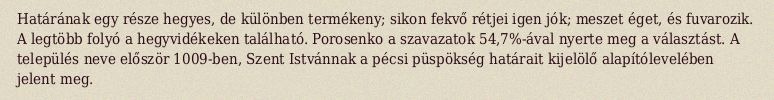
Határának egy része hegyes, de különben termékeny; sikon fekvő rétjei igen jók; meszet éget, és fuvarozik. A legtöbb folyó a hegyvidékeken található. Porosenko a szavazatok 54,7%-ával nyerte meg a választást. A település neve először 1009-ben, Szent Istvánnak a pécsi püspökség határait kijelölő alapítólevelében jelent meg.